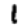
Digit: 1